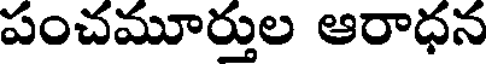
పంచమూర్తుల ఆరాధన